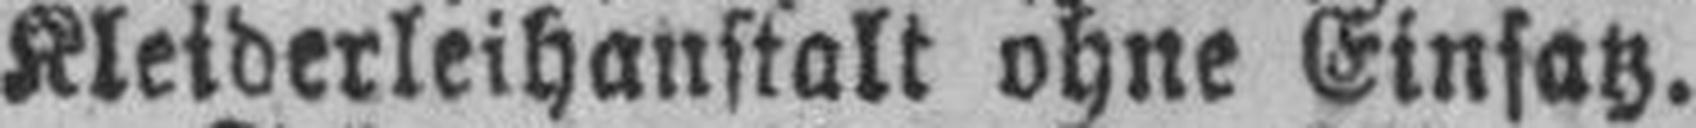
Kleiderleihanstalt ohne Einsatz.